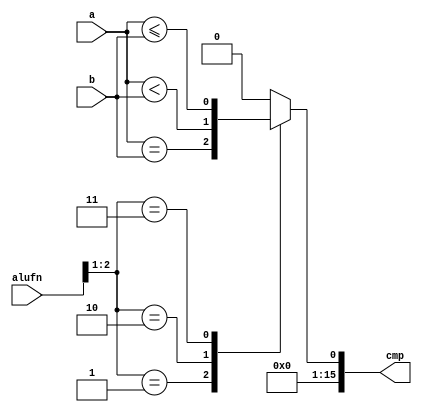
module compare16_26 (
    input [5:0] alufn,
    input [15:0] a,
    input [15:0] b,
    output reg [15:0] cmp
  );
  
  
  
  always @* begin
    
    case (alufn[1+1-:2])
      2'h1: begin
        cmp = a == b;
      end
      2'h2: begin
        cmp = a < b;
      end
      2'h3: begin
        cmp = a <= b;
      end
      default: begin
        cmp = 1'h0;
      end
    endcase
  end
endmodule